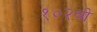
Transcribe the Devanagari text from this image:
१०२वी